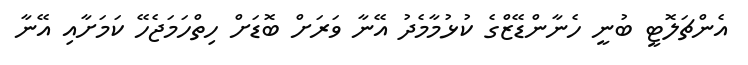
އެންޗަލޮޓީ ބުނީ ހެނާންޑޭޒްގެ ކުޅުމާމެދު އޭނާ ވަރަށް ބޮޑަށް ހިތްހަމަޖެހޭ ކަމަށާއި އޭނާ